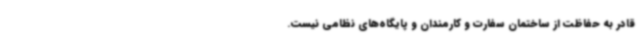
قادر به حفاظت از ساختمان سفارت و کارمندان و پایگاه‌های نظامی نیست.